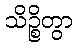
သိဉ္စိတွာ